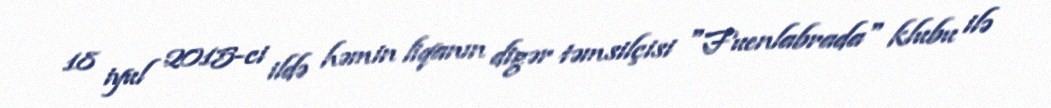
18 iyul 2015-ci ildə həmin liqanın digər təmsilçisi "Fuenlabrada" klubu ilə